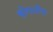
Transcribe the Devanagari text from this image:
स्त्रोगानीना